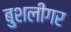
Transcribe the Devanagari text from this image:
बुशलीगर